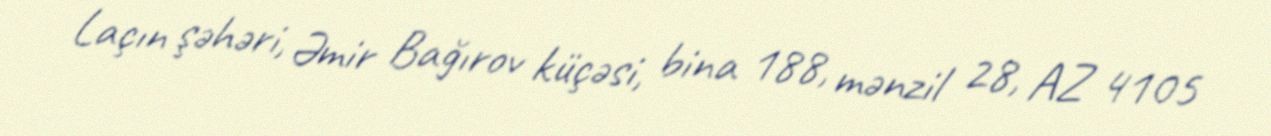
Laçın şəhəri, Əmir Bağırov küçəsi, bina 188, mənzil 28, AZ 4105